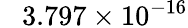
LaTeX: \phantom{+}3.797\times 10^{-16}